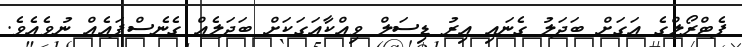
ޕެޓްރޯލްގެ އަގަށް ބަދަލު ގެނައި އިރު ޑިސަލް ވިއްކާއަގަކަށް ބަދަލެއް ގެނެސްފައެއް ނުވެއެވެ.